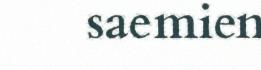
saemien